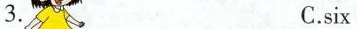
3. C.six